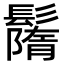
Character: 𩯚